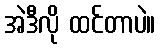
အဲဒီလို ထင်တာပဲ။